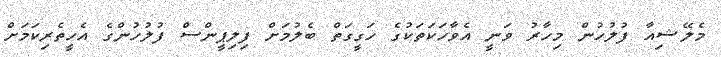
މެލޭޝިއާ ފުލުހުން މިހާރު ވަނީ އެވާހަކަތަކުގެ ހަގީގަތް ބެލުމަށް ފިލިޕީންސް ފުލުހުންގެ އެހީތެރިކަމަށް